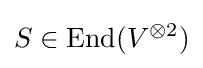
S\in \operatorname {End} (V^{\otimes 2})